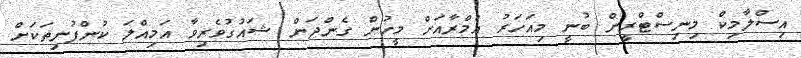
އިސްލާމިކް މިނިސްޓްރީން ބުނީ މިއަހަރު އުމްރާއަށް މީހުން ގެންދަން ޝައުގުވެރިވާ އަމިއްލަ ކުންފުނިތަކަށް